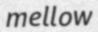
mellow